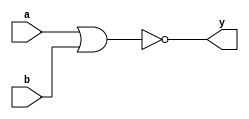
//NOR Gate 
//Behavioural modelling

module NOR_Behavioural(a,b,y);
input a,b;
output y;
reg y;

always @(a,b)
y = ~(a | b);
endmodule